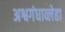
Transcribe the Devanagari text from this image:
अश्वगंधाव्लेहा